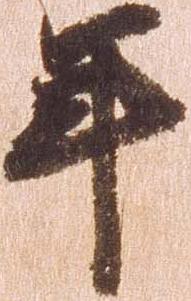
年